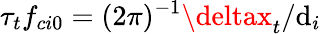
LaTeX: \tau_{t}f_{ci0}=(2\pi)^{-1}\deltax_{t}/\mathrm{d}_{i}